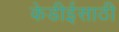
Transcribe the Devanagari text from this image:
केडीईसाठी